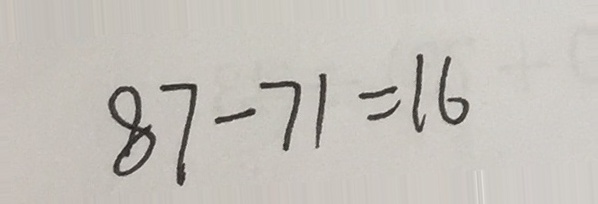
8 7 - 7 1 = 1 6